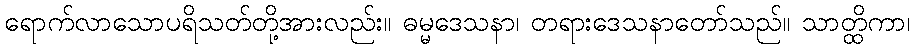
ရောက်လာသောပရိသတ်တို့အားလည်း။ ဓမ္မဒေသနာ၊ တရားဒေသနာတော်သည်။ သာတ္ထိကာ၊